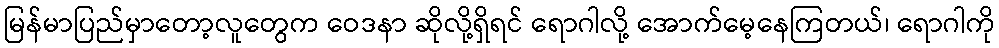
မြန်မာပြည်မှာတော့လူတွေက ဝေဒနာ ဆိုလို့ရှိရင် ရောဂါလို့ အောက်မေ့နေကြတယ်၊ ရောဂါကို